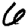
Digit: 6